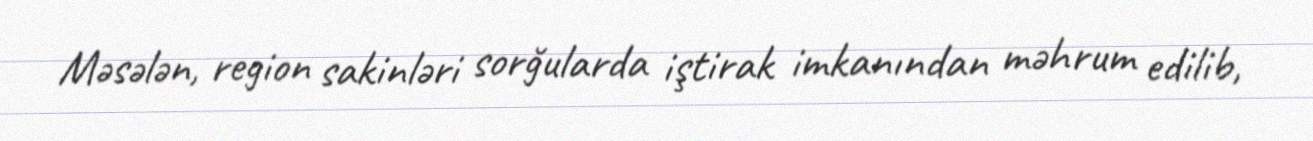
Məsələn, region sakinləri sorğularda iştirak imkanından məhrum edilib,